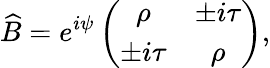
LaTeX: \widehat{B}=e^{i\psi}\left(\begin{array}{cc}{\rho}&{\pm i\tau}\\ {\pm i\tau}&{\rho}\end{array}\right),